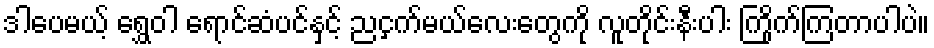
ဒါပေမယ့် ရွှေဝါ ရောင်ဆံပင်နှင့် ညငှက်မယ်လေးတွေကို လူတိုင်းနီးပါး ကြိုက်ကြတာပါပဲ။